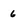
Character: 6